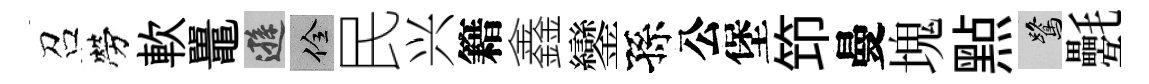
召勞軟鼉遜佺民兴籍鑫鑾孫公堡笻曼塊㸃鷺氎